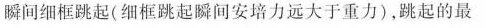
瞬间细框跳起(细框跳起瞬间安培力远大于重力)，跳起的最